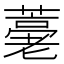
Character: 𦽡